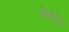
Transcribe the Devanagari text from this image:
फेदेरेर